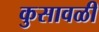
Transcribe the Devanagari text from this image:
कुसावळी